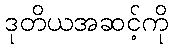
ဒုတိယအဆင့်ကို